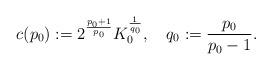
LaTeX: \begin{align*}c(p_0) := 2^{\frac{p_0 + 1}{p_0}} K_0^{\frac{1}{q_0}} , \ \ \ q_0 := \frac{p_0}{p_0 - 1} .\end{align*}